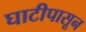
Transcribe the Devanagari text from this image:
घाटीपासून